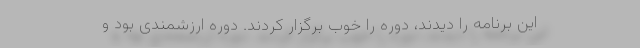
این برنامه را دیدند، دوره را خوب برگزار کردند. دوره ارزشمندی بود و